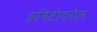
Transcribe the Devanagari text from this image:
कमिटीवरील